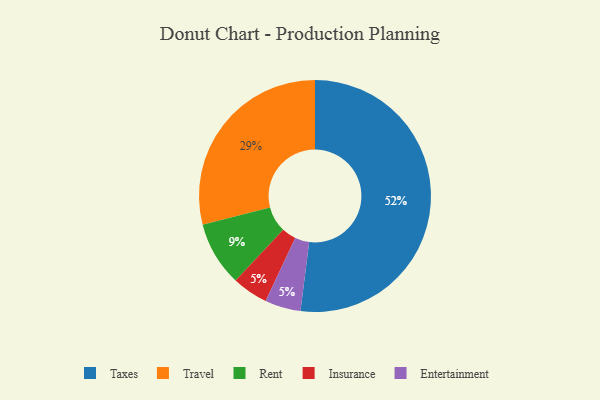
{"axis": {"x": "Category", "y": "Percentage"}, "legend": ["Entertainment", "Insurance", "Rent", "Taxes", "Travel"], "data": [{"x": "Travel", "y": 29, "type": "Travel"}, {"x": "Insurance", "y": 5, "type": "Insurance"}, {"x": "Taxes", "y": 52, "type": "Taxes"}, {"x": "Rent", "y": 9, "type": "Rent"}, {"x": "Entertainment", "y": 5, "type": "Entertainment"}]}